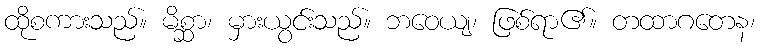
ထိုစကားသည်။ မိစ္ဆာ၊ မှားယွင်းသည်။ ဘဝေယျ၊ ဖြစ်ရာ၏။ တထာဂတေန၊